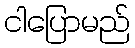
ငါပြောမည်